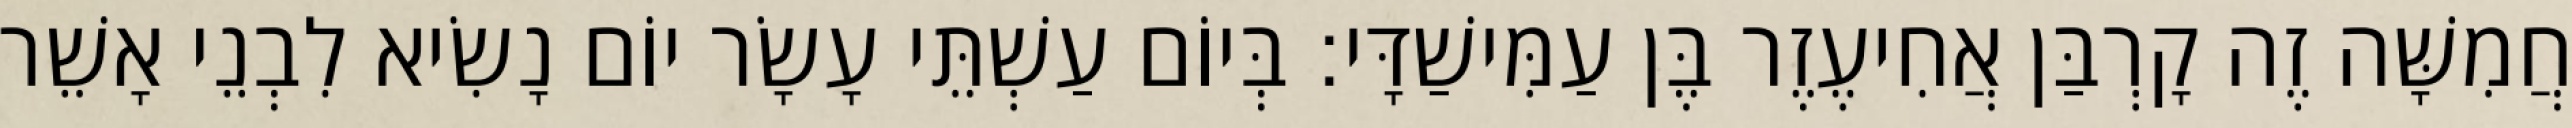
חֲמִשָּׁה זֶה קָרְבַּן אֲחִיעֶזֶר בֶּן עַמִּישַׁדָּי׃ בְּיוֹם עַשְׁתֵּי עָשָׂר יוֹם נָשִׂיא לִבְנֵי אָשֵׁר